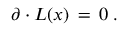
\partial \cdot L ( x ) \, = \, 0 \; .